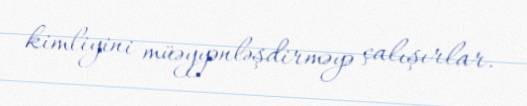
kimliyini müəyyənləşdirməyə çalışırlar.